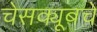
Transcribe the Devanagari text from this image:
चेसक्यूबचे